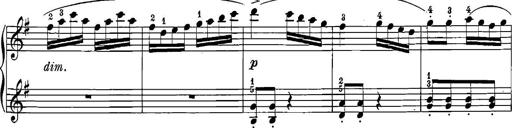
Title: 12 Sonatinas
Composer: Ignaz Pleyel